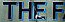
THE F